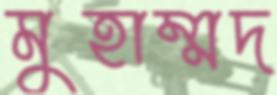
মুহাম্মদ